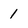
Character: 1